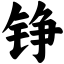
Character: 铮